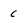
Character: 6